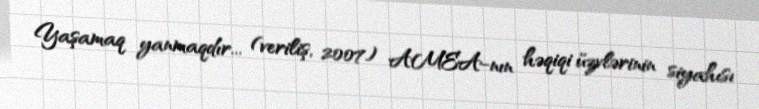
Yaşamaq yanmaqdır... (veriliş, 2007) AMEA-nın həqiqi üzvlərinin siyahısı